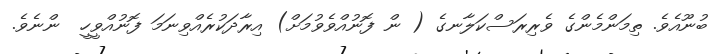
ބުނޫއެވެ. ތިމަންމެންގެ ވެރިރަސްކަލާނގެ ( ން ފޮނުއްވެވުމަށް) އިރާދަކުރެއްވިނަމަ ފޮނުއްވީހީ  ންނެވެ.